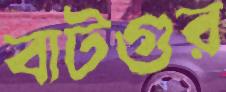
বাটগুর